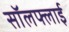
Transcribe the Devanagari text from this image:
सॉलफ्लाई